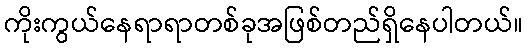
ကိုးကွယ်နေရာရာတစ်ခုအဖြစ်တည်ရှိနေပါတယ်။